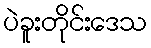
ပဲခူးတိုင်းဒေသ